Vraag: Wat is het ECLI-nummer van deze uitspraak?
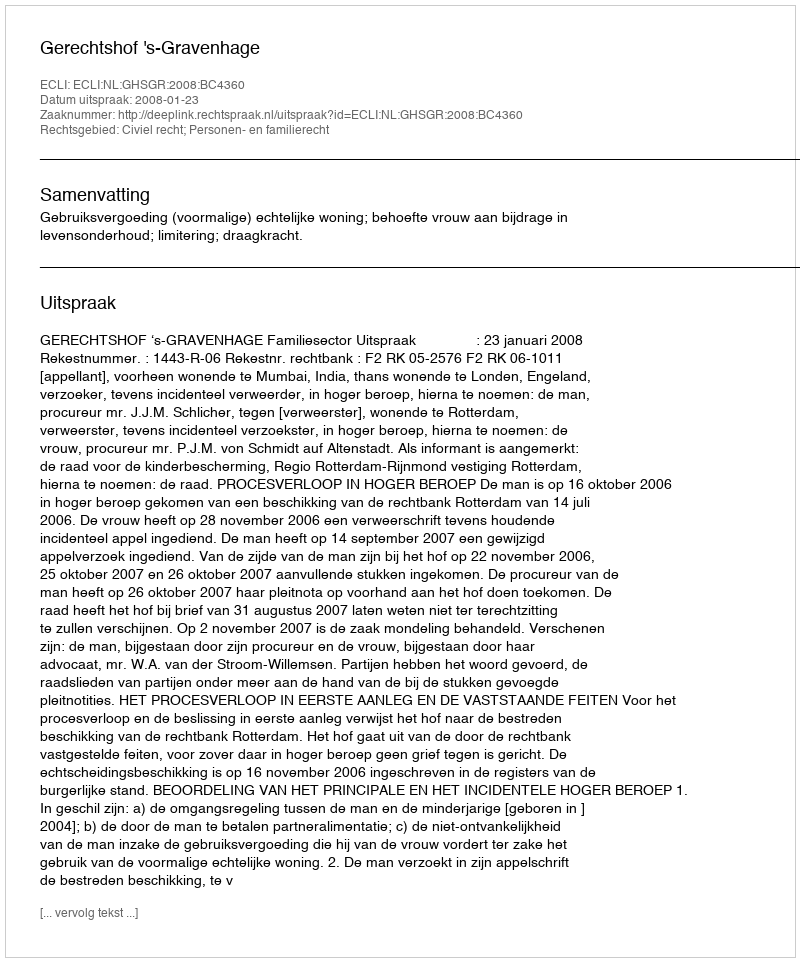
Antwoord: ECLI:NL:GHSGR:2008:BC4360